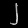
Digit: ၂